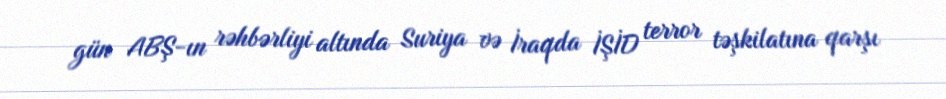
gün ABŞ-ın rəhbərliyi altında Suriya və İraqda İŞİD terror təşkilatına qarşı